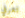
تعرفي